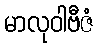
မာလုဝါဗီဇံ